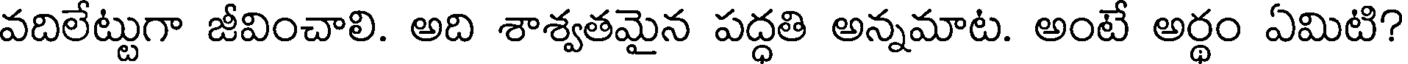
వదిలేట్టుగా జీవించాలి. అది శాశ్వతమైన పద్ధతి అన్నమాట. అంటే అర్థం ఏమిటి?